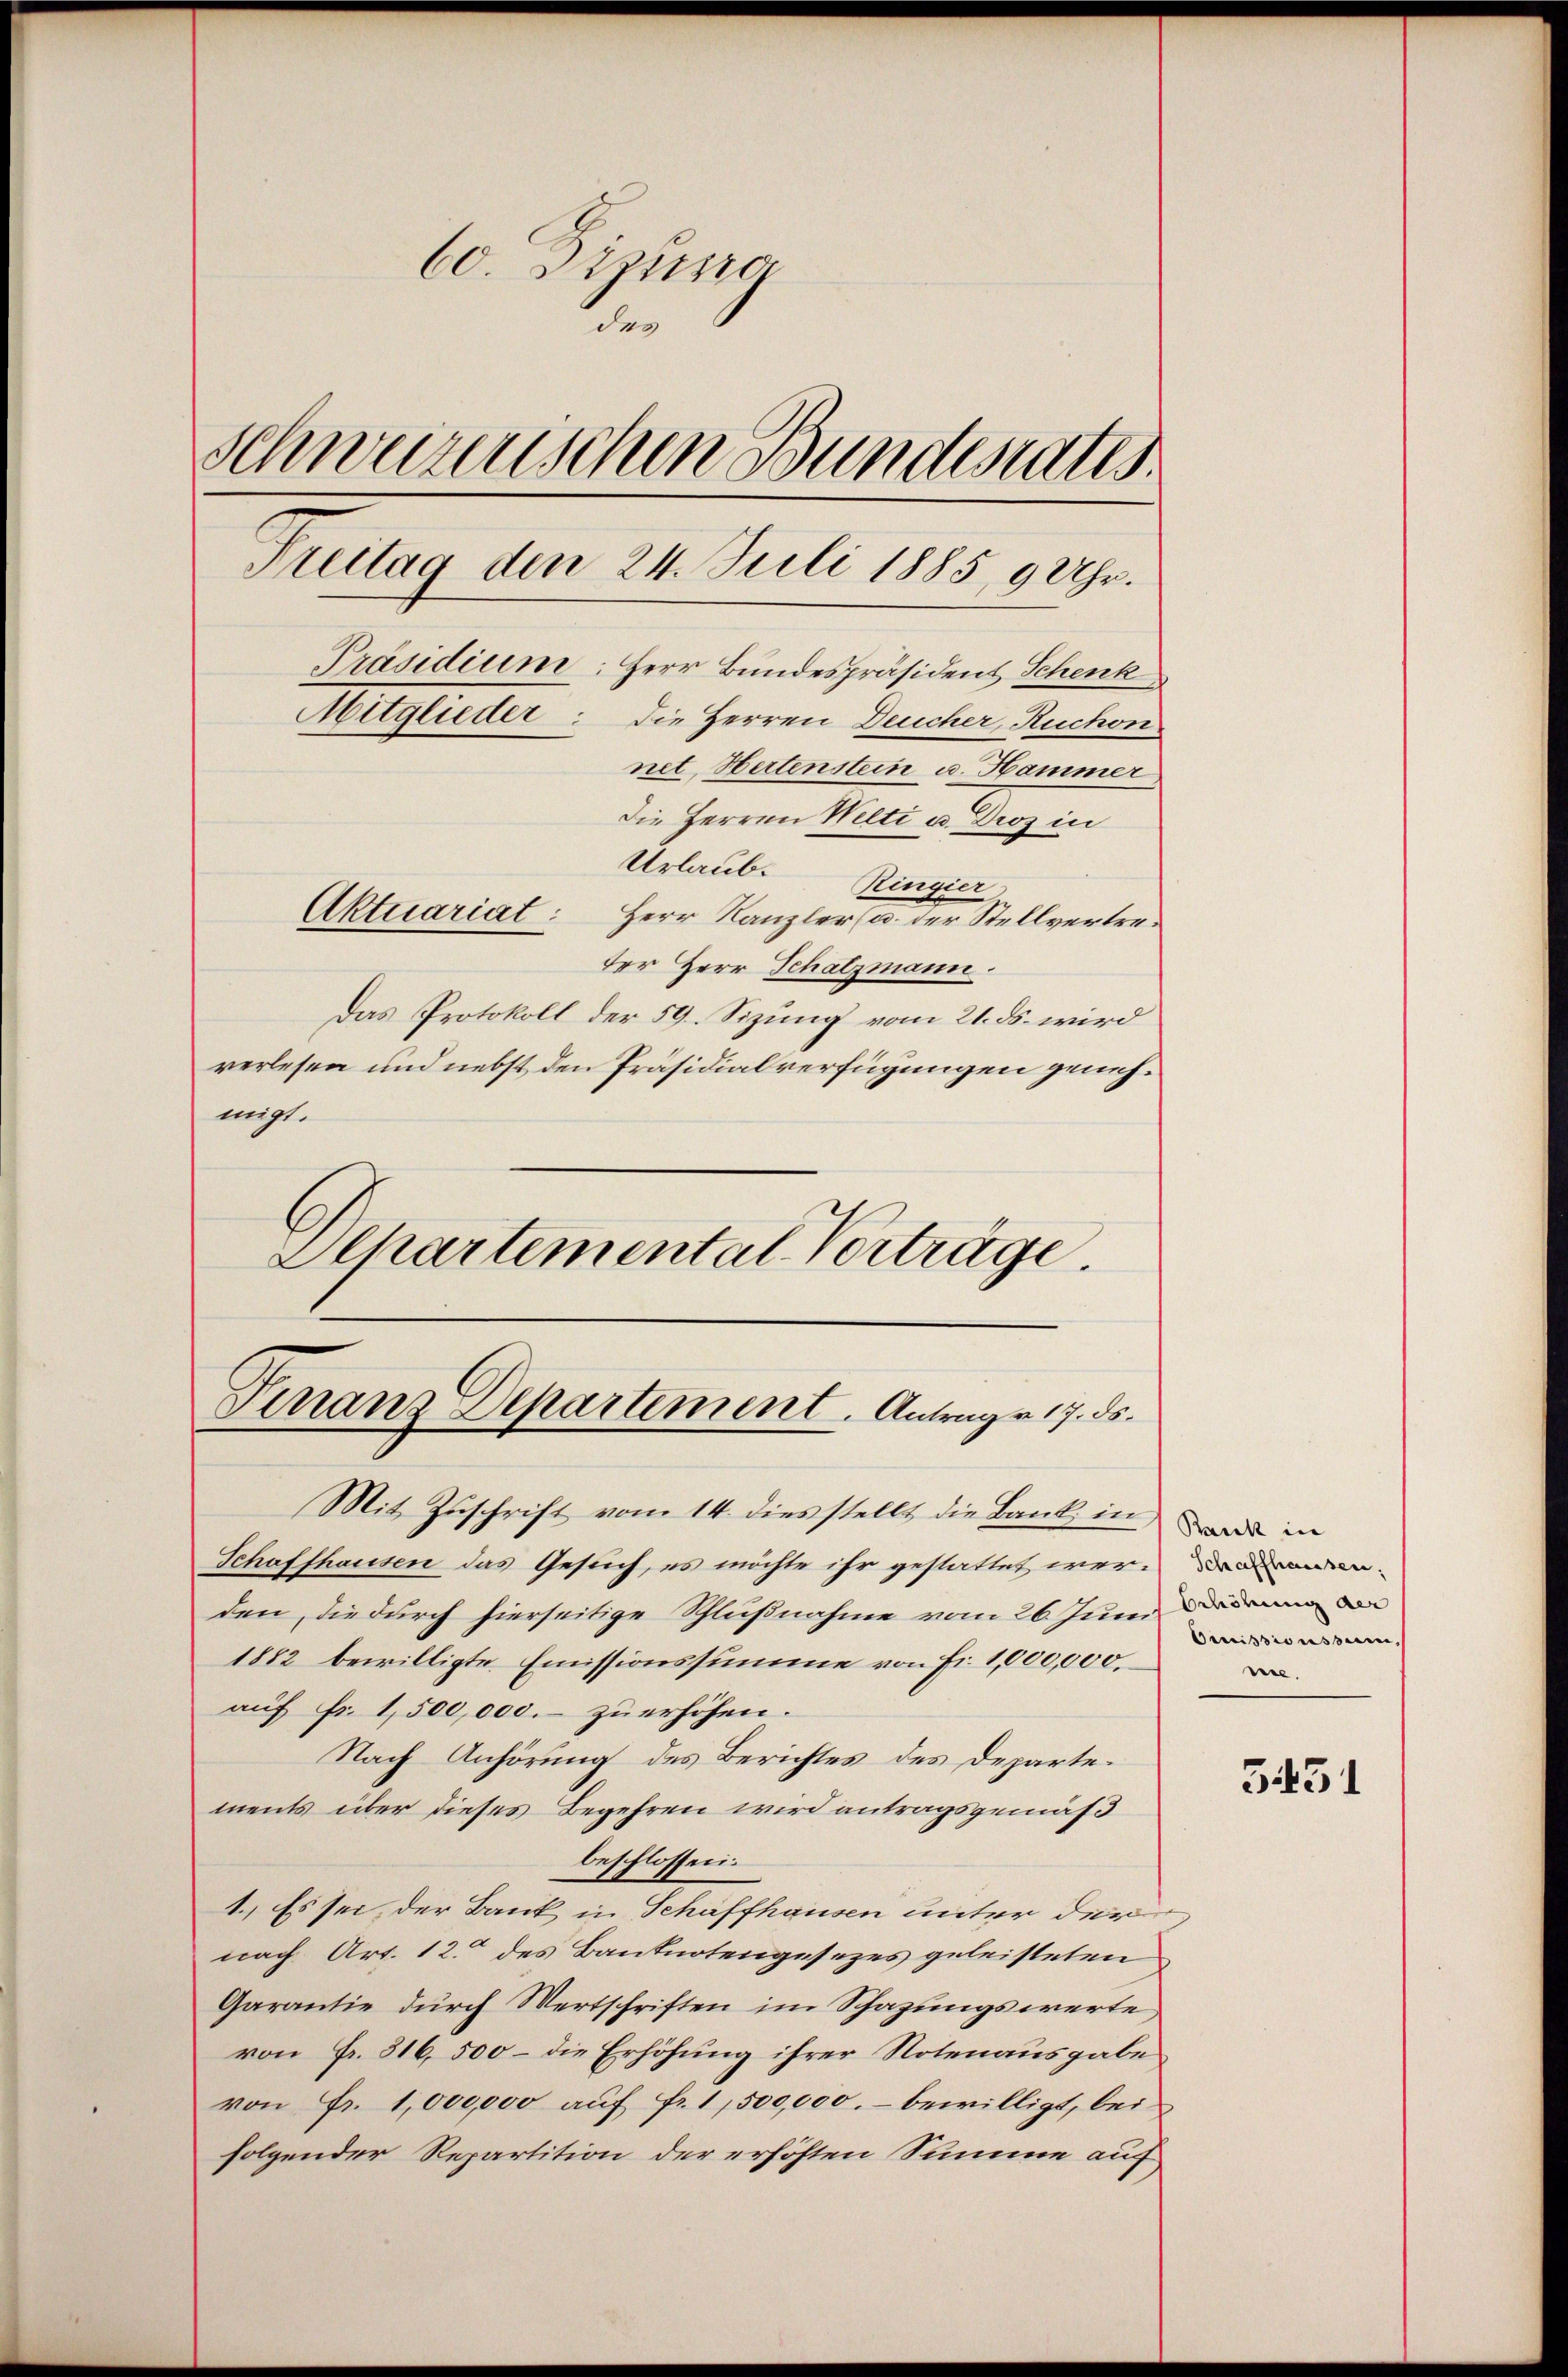
Separtemental-Verträge.

60. Ausg
der
Schweizerischen Bundesrates.
Freitag den 24. Juli 1885, 9 Uhr.
Mitglieder: die Herren Deucher, Ruchon
net, Hertenstein u. Hammer
Die Herren Welti u. Droz in
Urlaub. Ringier,
Aktuariat: Herr Kanzler u. der Stellvertreder Herr Schatzmann.
Das Protokoll der 59. Sizung vom 21. ds. wird
verlesen und nebst den Präsidialverfügungen genehmigt.

Präsidium: Herr Bundespräsident Schenk,

Vinanz Departement. Antrage 17. ds.

Mit Zuschrift vom 14. dies stellt die Bank, inde in
Schaffhausen das Gesuch, es möchte ihr gestattet werden, die durch hierseitige Schlußnahme vom 26. Junii in de
1882 bewilligte Emissionssumme von Fr. 1,000,000.
auf Fr. 1,500,000.- zu erhöhen.
Nach Anhörung des Berichtes des Departements über dieses Begehren wird antragsgemäß
beschlossen:
1. Es sei der Bank in Schaffhausen unter der
nach Art. 12. des Banknotengesezes geleisteten
Garantie durch Wertschriften im Schazungswerte
von Fr. 316, 500 – die Erhöhung ihrer Notenausgabe
von Fr. 1,000,000 auf fr. 1,500,000.- bewilligt, beifolgender Repartition der erhöhten Summe auf

Schaffhausen,
Orrissionssum,
nie.

5431